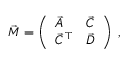
\vec { M } = \left( \begin{array} { l l } { \vec { A } } & { \vec { C } } \\ { \vec { C } ^ { \top } } & { \vec { D } } \end{array} \right) \; ,